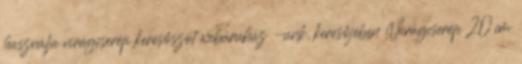
használja virágcserép keresőszót webáruház -unk, keresőjében Virágcserép 20 cm